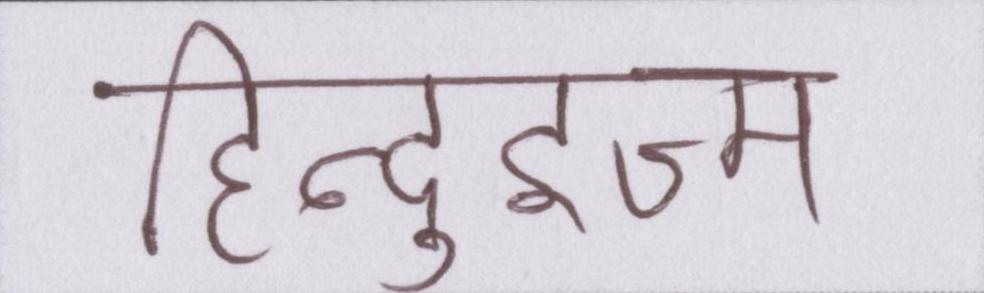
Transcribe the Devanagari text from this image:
हिन्दुइज्म